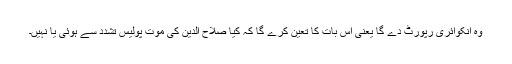
وہ انکوائری رپورٹ دے گا یعنی اس بات کا تعین کرے گا کہ کیا صلاح الدین کی موت پولیس تشدد سے ہوئی یا نہیں۔